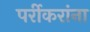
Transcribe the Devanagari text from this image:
पर्रीकरांना